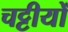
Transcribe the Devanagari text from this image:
चट्टीयों